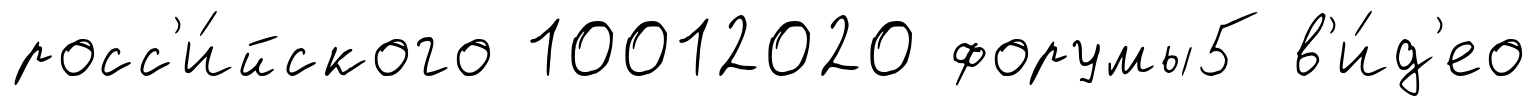
росс'и́йского 10012020 форумы5 в'и́д'ео